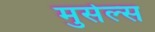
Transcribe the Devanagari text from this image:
मुसेल्स